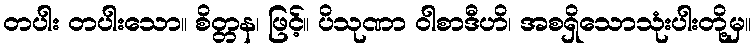
တပါး တပါးသော။ စိတ္တန၊ ဖြင့်။ ပိသုဏာ ဝါစာဒီဟိ၊ အစရှိသောသုံးပါးတို့မှ။